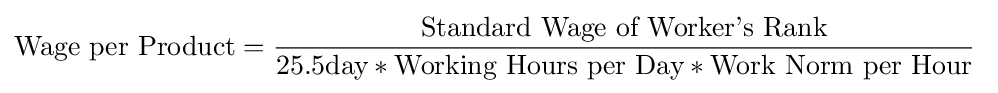
{\text{Wage per Product}}={\frac {\text{Standard Wage of Worker’s Rank}}{{\text{25.5day}}*{\text{Working Hours per Day}}*{\text{Work Norm per Hour}}}}\